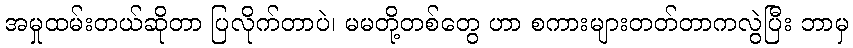
အမှုထမ်းတယ်ဆိုတာ ပြလိုက်တာပဲ၊ မမတို့တစ်တွေ ဟာ စကားများတတ်တာကလွဲပြီး ဘာမှ